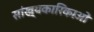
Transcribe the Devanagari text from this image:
सांख्यकारिकाओं